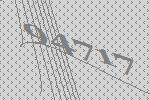
94717